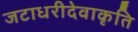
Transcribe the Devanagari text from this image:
जटाधरीदेवाकृति